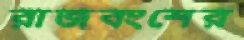
রাজবংশের